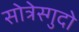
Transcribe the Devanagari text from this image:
सोत्रेस्गुदो